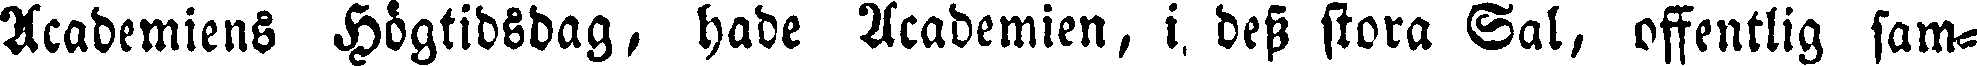
Academiens Högtidsdag, hade Academien, i dess stora Sal, offentlig sam-